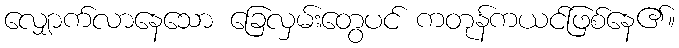
လျှောက်လာနေသော ခြေလှမ်းတွေပင် ကတုန်ကယင်ဖြစ်နေ၏။